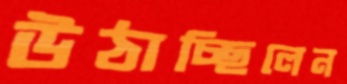
উঠাচ্ছিলেন